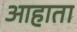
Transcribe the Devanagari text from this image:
आहाता